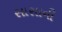
સાસાની